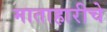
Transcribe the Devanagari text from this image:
माताहारीचे